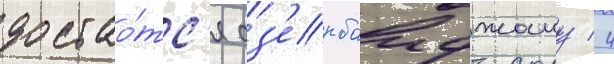
достао́тс'я аз'ербаиджану / 4